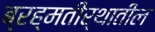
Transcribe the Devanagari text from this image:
ब्रह्मतीर्थातील